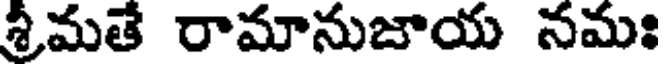
శ్రీమతే రామానుజాయ నమః